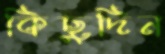
কিছুদিন